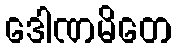
ဒေါဏမိတေ